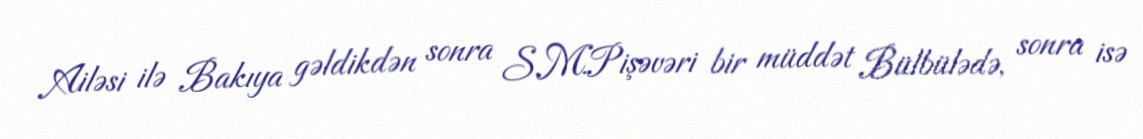
Ailəsi ilə Bakıya gəldikdən sonra S.M.Pişəvəri bir müddət Bülbülədə, sonra isə